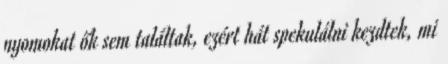
nyomokat ők sem találtak, ezért hát spekulálni kezdtek, mi